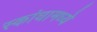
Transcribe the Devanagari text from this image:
स्कांधामध्ये